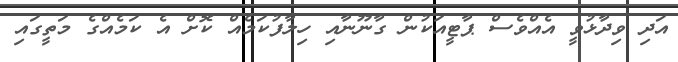
އަދި ވިދާޅުވީ އެއްވެސް ޕާޓީއަކުން ގާނޫނާއި ހިލާފުކަމެއް ކޮށް އެ ކަމެއްގެ މަތީގައި